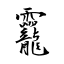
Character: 龗